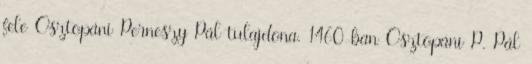
fele Osztopáni Perneszy Pál tulajdona. 1460-ban Osztopáni P. Pál